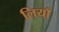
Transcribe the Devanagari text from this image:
लियाँ